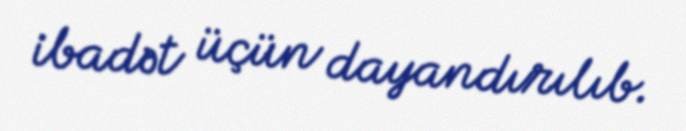
ibadət üçün dayandırılıb.